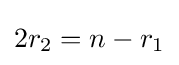
2r_{2}=n-r_{1}